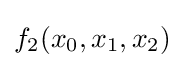
f_{2}(x_{0},x_{1},x_{2})